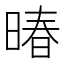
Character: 暙